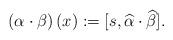
LaTeX: \begin{align*} \left(\alpha \cdot \beta \right)(x):=[s,\widehat{\alpha} \cdot \widehat{\beta}]. \end{align*}